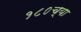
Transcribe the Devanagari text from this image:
१८०च्या